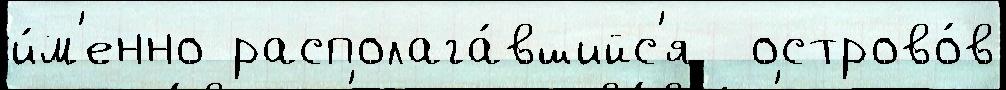
и́м'енно располага́вшийс'я  острово́в